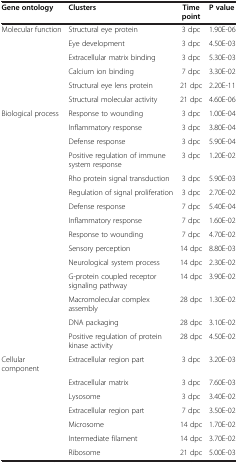
| Gene ontology | Clusters | Time point | P value |
 | --- | --- | --- | --- |
 | Molecular function | Structural eye protein | 3 dpc | 1.90E-06 |
 |  | Eye development | 3 dpc | 4.50E-03 |
 |  | Extracellular matrix binding | 3 dpc | 5.30E-03 |
 |  | Calcium ion binding | 7 dpc | 3.30E-02 |
 |  | Structural eye lens protein | 21 dpc | 2.20E-11 |
 |  | Structural molecular activity | 21 dpc | 4.60E-06 |
 | Biological process | Response to wounding | 3 dpc | 1.00E-04 |
 |  | Inflammatory response | 3 dpc | 3.80E-04 |
 |  | Defense response | 3 dpc | 5.90E-04 |
 |  | Positive regulation of immune system response | 3 dpc | 1.20E-02 |
 |  | Rho protein signal transduction | 3 dpc | 5.90E-03 |
 |  | Regulation of signal proliferation | 3 dpc | 2.70E-02 |
 |  | Defense response | 7 dpc | 5.40E-04 |
 |  | Inflammatory response | 7 dpc | 1.60E-02 |
 |  | Response to wounding | 7 dpc | 4.70E-02 |
 |  | Sensory perception | 14 dpc | 8.80E-03 |
 |  | Neurological system process | 14 dpc | 2.30E-02 |
 |  | G-protein coupled receptor signaling pathway | 14 dpc | 3.90E-02 |
 |  | Macromolecular complex assembly | 28 dpc | 1.30E-02 |
 |  | DNA packaging | 28 dpc | 3.10E-02 |
 |  | Positive regulation of protein kinase activity | 28 dpc | 4.50E-02 |
 | Cellular component | Extracellular region part | 3 dpc | 3.20E-03 |
 |  | Extracellular matrix | 3 dpc | 7.60E-03 |
 |  | Lysosome | 3 dpc | 3.40E-02 |
 |  | Extracellular region part | 7 dpc | 3.50E-02 |
 |  | Microsome | 14 dpc | 1.70E-02 |
 |  | Intermediate filament | 14 dpc | 3.70E-02 |
 |  | Ribosome | 21 dpc | 5.00E-03 |